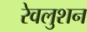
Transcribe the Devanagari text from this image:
रेवलुशन